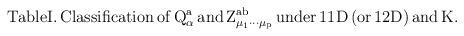
LaTeX: \begin{align*}\rm{Table I.\, Classification\, of\, }Q_\alpha ^a\rm{\, and\, Z}_{\mu _1\cdots \mu_p}^{ab}\rm{\, under\, 11D\, (or\, 12D)\, and\, }K\rm{.}\end{align*}